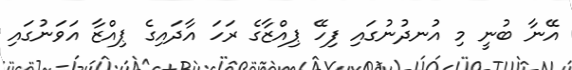
އޭނާ ބުނީ މި އުނދުނުގައި ފިހޭ ޕިއްޒާގެ ރަހަ އާދައިގެ ޕިއްޒާ އަވަނުގައި